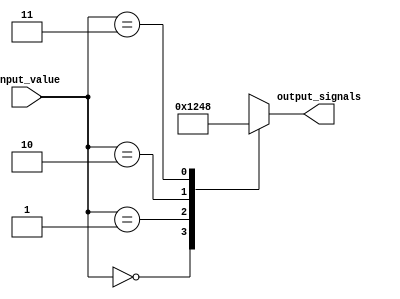
module decoder (input [1:0] input_value,
                output reg [3:0] output_signals);

always @(*)
begin
    case (input_value)
        2'b00: output_signals = 4'b0001;
        2'b01: output_signals = 4'b0010;
        2'b10: output_signals = 4'b0100;
        2'b11: output_signals = 4'b1000;
        default: output_signals = 4'b0000;
    endcase
end

endmodule